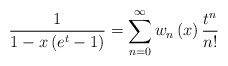
\begin{align*}\frac{1}{1-x\left( e^{t}-1\right) }=\sum_{n=0}^{\infty}w_{n}\left(x\right) \frac{t^{n}}{n!} \end{align*}